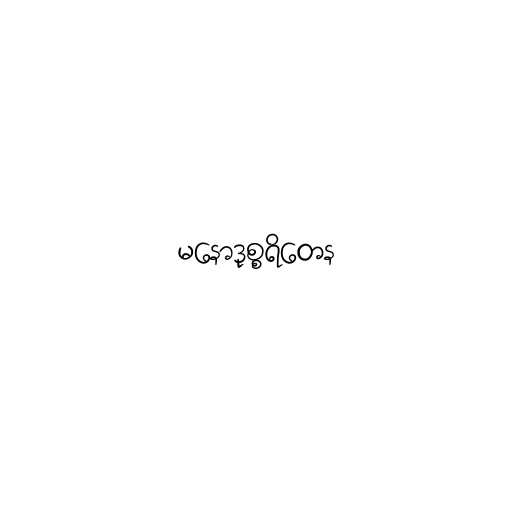
မနောဒုစ္စရိတေန